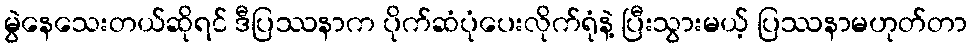
မွဲနေသေးတယ်ဆိုရင် ဒီပြဿနာက ပိုက်ဆံပုံပေးလိုက်ရုံနဲ့ ပြီးသွားမယ့် ပြဿနာမဟုတ်တာ